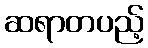
ဆရာတပည့်